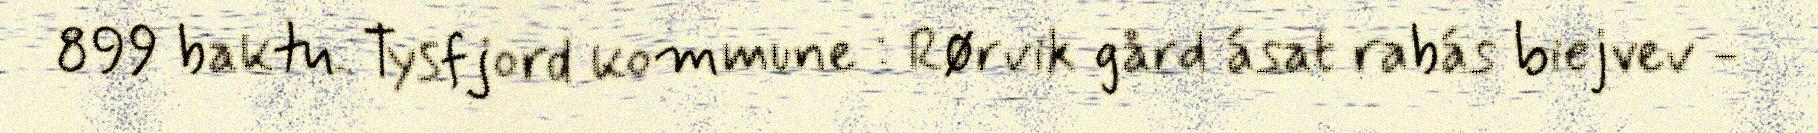
899 baktu. Tysfjord kommune : Rørvik gård ásat rabás biejvev -